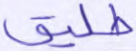
طليق